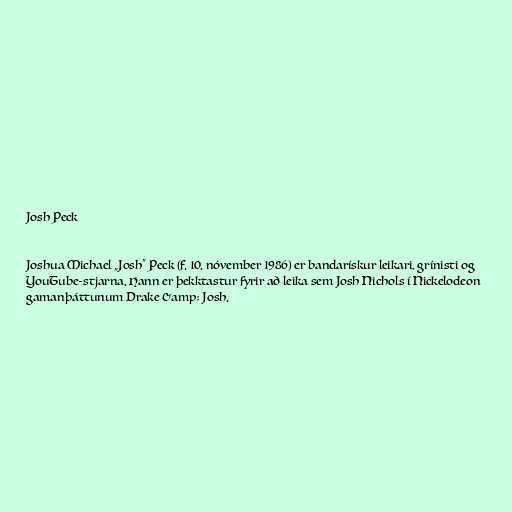
Josh Peck

Joshua Michael „Josh“ Peck (f. 10. nóvember 1986) er bandarískur leikari, grínisti og
YouTube-stjarna. Hann er þekktastur fyrir að leika sem Josh Nichols í Nickelodeon
gamanþáttunum Drake &amp; Josh.